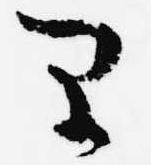
早